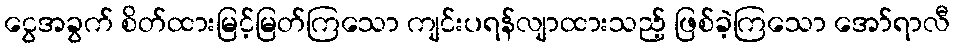
ငွေအခွက် စိတ်ထားမြင့်မြတ်ကြသော ကျင်းပရန်လျာထားသည့် ဖြစ်ခဲ့ကြသော အော်ရာလီ